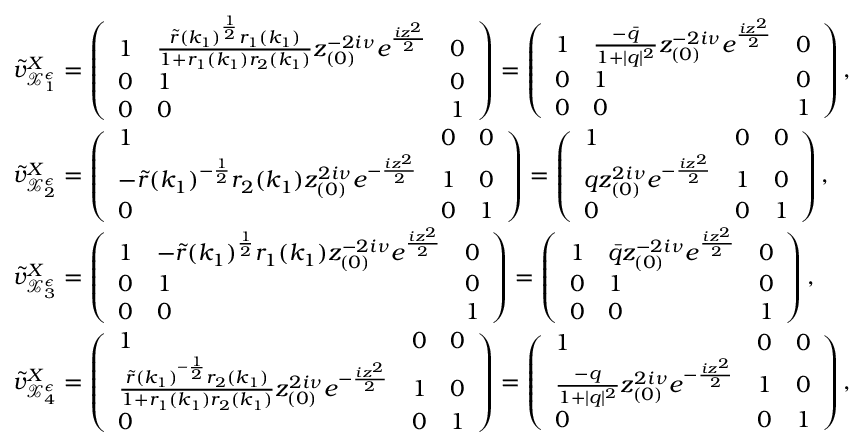
\begin{array} { r l } & { \tilde { v } _ { \mathcal { X } _ { 1 } ^ { \epsilon } } ^ { X } = \left( \begin{array} { l l l } { 1 } & { \frac { \tilde { r } ( k _ { 1 } ) ^ { \frac { 1 } { 2 } } r _ { 1 } ( k _ { 1 } ) } { 1 + r _ { 1 } ( k _ { 1 } ) r _ { 2 } ( k _ { 1 } ) } z _ { ( 0 ) } ^ { - 2 i \nu } e ^ { \frac { i z ^ { 2 } } { 2 } } } & { 0 } \\ { 0 } & { 1 } & { 0 } \\ { 0 } & { 0 } & { 1 } \end{array} \right) = \left( \begin{array} { l l l } { 1 } & { \frac { - \bar { q } } { 1 + | q | ^ { 2 } } z _ { ( 0 ) } ^ { - 2 i \nu } e ^ { \frac { i z ^ { 2 } } { 2 } } } & { 0 } \\ { 0 } & { 1 } & { 0 } \\ { 0 } & { 0 } & { 1 } \end{array} \right) , } \\ & { \tilde { v } _ { \mathcal { X } _ { 2 } ^ { \epsilon } } ^ { X } = \left( \begin{array} { l l l } { 1 } & { 0 } & { 0 } \\ { - \tilde { r } ( k _ { 1 } ) ^ { - \frac { 1 } { 2 } } r _ { 2 } ( k _ { 1 } ) z _ { ( 0 ) } ^ { 2 i \nu } e ^ { - \frac { i z ^ { 2 } } { 2 } } } & { 1 } & { 0 } \\ { 0 } & { 0 } & { 1 } \end{array} \right) = \left( \begin{array} { l l l } { 1 } & { 0 } & { 0 } \\ { q z _ { ( 0 ) } ^ { 2 i \nu } e ^ { - \frac { i z ^ { 2 } } { 2 } } } & { 1 } & { 0 } \\ { 0 } & { 0 } & { 1 } \end{array} \right) , } \\ & { \tilde { v } _ { \mathcal { X } _ { 3 } ^ { \epsilon } } ^ { X } = \left( \begin{array} { l l l } { 1 } & { - \tilde { r } ( k _ { 1 } ) ^ { \frac { 1 } { 2 } } r _ { 1 } ( k _ { 1 } ) z _ { ( 0 ) } ^ { - 2 i \nu } e ^ { \frac { i z ^ { 2 } } { 2 } } } & { 0 } \\ { 0 } & { 1 } & { 0 } \\ { 0 } & { 0 } & { 1 } \end{array} \right) = \left( \begin{array} { l l l } { 1 } & { \bar { q } z _ { ( 0 ) } ^ { - 2 i \nu } e ^ { \frac { i z ^ { 2 } } { 2 } } } & { 0 } \\ { 0 } & { 1 } & { 0 } \\ { 0 } & { 0 } & { 1 } \end{array} \right) , } \\ & { \tilde { v } _ { \mathcal { X } _ { 4 } ^ { \epsilon } } ^ { X } = \left( \begin{array} { l l l } { 1 } & { 0 } & { 0 } \\ { \frac { \tilde { r } ( k _ { 1 } ) ^ { - \frac { 1 } { 2 } } r _ { 2 } ( k _ { 1 } ) } { 1 + r _ { 1 } ( k _ { 1 } ) r _ { 2 } ( k _ { 1 } ) } z _ { ( 0 ) } ^ { 2 i \nu } e ^ { - \frac { i z ^ { 2 } } { 2 } } } & { 1 } & { 0 } \\ { 0 } & { 0 } & { 1 } \end{array} \right) = \left( \begin{array} { l l l } { 1 } & { 0 } & { 0 } \\ { \frac { - q } { 1 + | q | ^ { 2 } } z _ { ( 0 ) } ^ { 2 i \nu } e ^ { - \frac { i z ^ { 2 } } { 2 } } } & { 1 } & { 0 } \\ { 0 } & { 0 } & { 1 } \end{array} \right) , } \end{array}